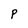
Character: P